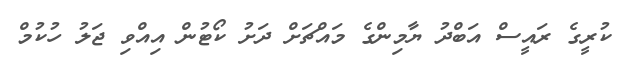
ކުރީގެ ރައީސް އަބްދު ޔާމިންގެ މައްޗަށް ދަށު ކޯޓުން އިއްވި ޖަލު ހުކުމް